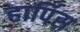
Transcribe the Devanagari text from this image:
हार्पिस